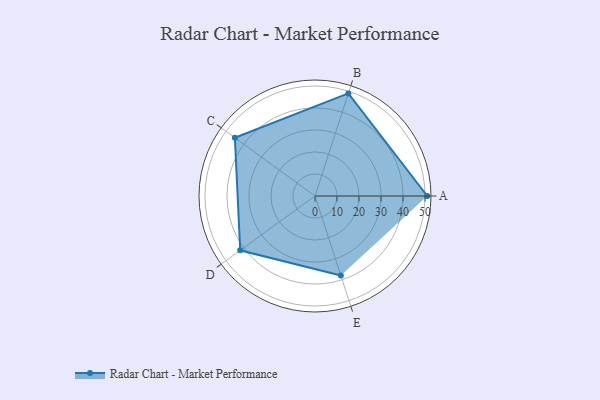
{"axis": {"x": "Skill", "y": "Score"}, "legend": ["Profile"], "data": [{"x": "A", "y": 51.0, "type": "Profile"}, {"x": "B", "y": 49.0, "type": "Profile"}, {"x": "C", "y": 45.0, "type": "Profile"}, {"x": "D", "y": 42.0, "type": "Profile"}, {"x": "E", "y": 38.0, "type": "Profile"}]}